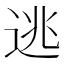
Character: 逃